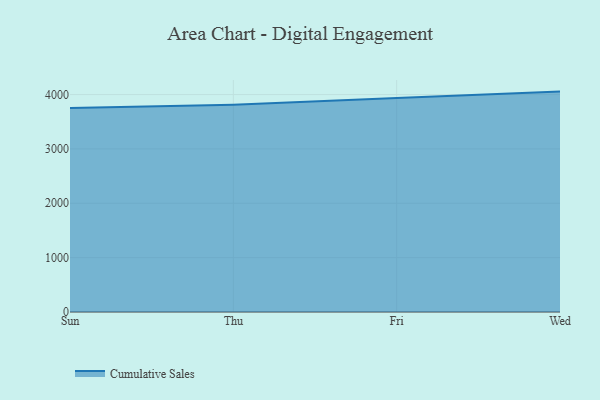
{"axis": {"x": "Day", "y": "Backlog"}, "legend": ["Cumulative Sales"], "data": [{"x": "Sun", "y": 3753.9, "type": "Cumulative Sales"}, {"x": "Thu", "y": 3813.4, "type": "Cumulative Sales"}, {"x": "Fri", "y": 3935.4, "type": "Cumulative Sales"}, {"x": "Wed", "y": 4054.3, "type": "Cumulative Sales"}]}